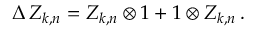
\Delta \, Z _ { k , n } = Z _ { k , n } \otimes 1 + 1 \otimes Z _ { k , n } \, .